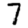
Digit: 7